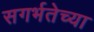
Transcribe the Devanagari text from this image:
सगर्भतेच्या